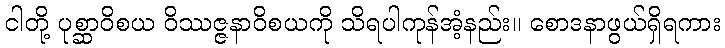
ငါတို့ ပုစ္ဆာဝိစယ ဝိဿဇ္ဇနာဝိစယကို သိရပါကုန်အံ့နည်း။ စောဒနာဖွယ်ရှိရကား